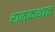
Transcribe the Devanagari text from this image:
रामकथाच